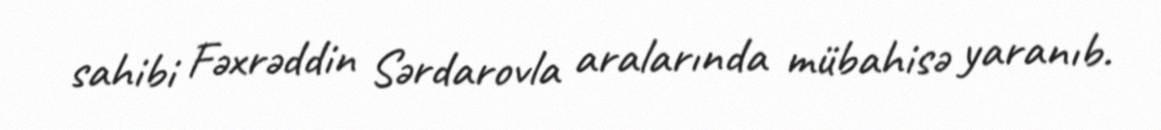
sahibi Fəxrəddin Sərdarovla aralarında mübahisə yaranıb.